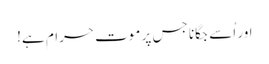
اور اُسے جگانا جس پر موت حرام ہے!